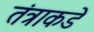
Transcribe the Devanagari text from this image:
तंत्राकडे